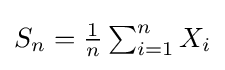
{\textstyle S_{n}={\frac {1}{n}}\sum _{i=1}^{n}X_{i}}